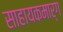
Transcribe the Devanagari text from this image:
साहायकमार्ग